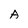
Character: A